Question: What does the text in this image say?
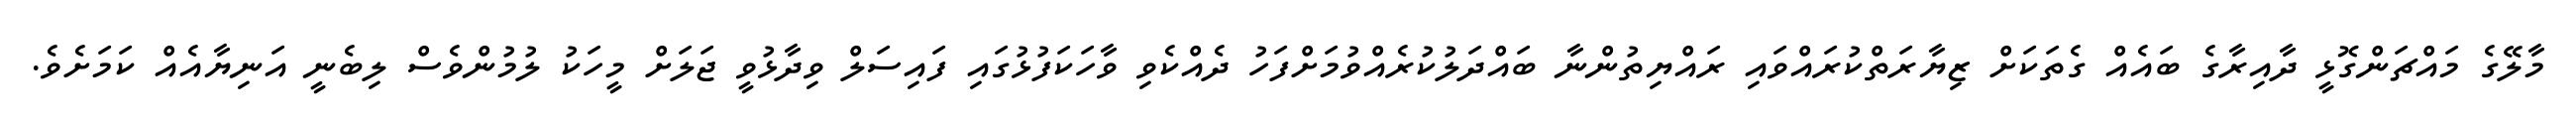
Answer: މާލޭގެ މައްޗަންގޮޅީ ދާއިރާގެ ބައެއް ގެތަކަށް ޒިޔާރަތްކުރައްވައި ރައްޔިތުންނާ ބައްދަލުކުރެއްވުމަށްފަހު ދެއްކެވި ވާހަކަފުޅުގައި ފައިސަލް ވިދާޅުވީ ޖަލަށް މީހަކު ލުމުންވެސް ލިބެނީ އަނިޔާއެއް ކަމަށެވެ.